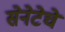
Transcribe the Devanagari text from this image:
सेनेटेचे